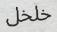
خلخل